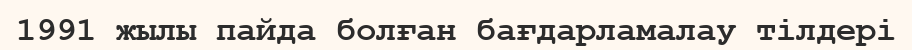
1991 жылы пайда болған бағдарламалау тілдері